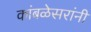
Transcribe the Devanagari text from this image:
कांबळेसरांनी